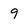
Character: 9